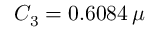
C _ { 3 } = 0 . 6 0 8 4 \, \mu